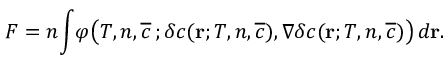
\begin{array} { l } { \displaystyle { F = n \! \int \! \varphi \big ( T , n , \overline { { c } } \, ; \delta c ( { \bf r } ; T , n , \overline { { c } } ) , \nabla \delta c ( { \bf r } ; T , n , \overline { { c } } ) \big ) \, d { \bf r } . } } \end{array}